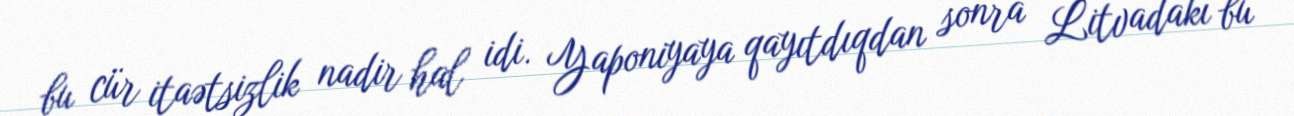
bu cür itaətsizlik nadir hal idi. Yaponiyaya qayıtdıqdan sonra Litvadakı bu